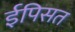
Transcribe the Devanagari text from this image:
ईपिसत